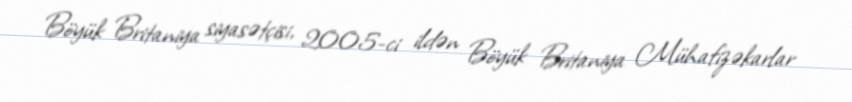
Böyük Britaniya siyasətçisi, 2005-ci ildən Böyük Britaniya Mühafizəkarlar